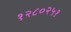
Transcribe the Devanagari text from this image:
१२८०२५१